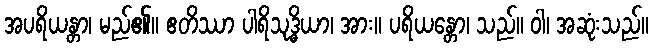
အပရိယန္တာ၊ မည်၏။ ဧတိဿာ ပါရိသုဒ္ဓိယာ၊ အား။ ပရိယန္တော၊ သည်။ ဝါ၊ အဆုံးသည်။